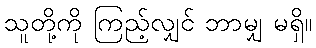
သူတို့ကို ကြည့်လျှင် ဘာမျှ မရှိ။